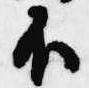
不